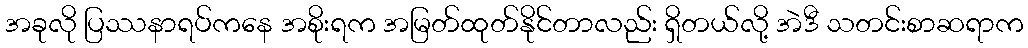
အခုလို ပြဿနာရပ်ကနေ အစိုးရက အမြတ်ထုတ်နိုင်တာလည်း ရှိတယ်လို့ အဲဒီ သတင်းစာဆရာက